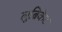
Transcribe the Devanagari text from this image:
लुब्रिकेट